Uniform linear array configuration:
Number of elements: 32
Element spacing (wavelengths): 0.25
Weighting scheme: blackman
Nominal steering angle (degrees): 60
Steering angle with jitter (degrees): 58.472
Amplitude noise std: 0.05
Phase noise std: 0.05

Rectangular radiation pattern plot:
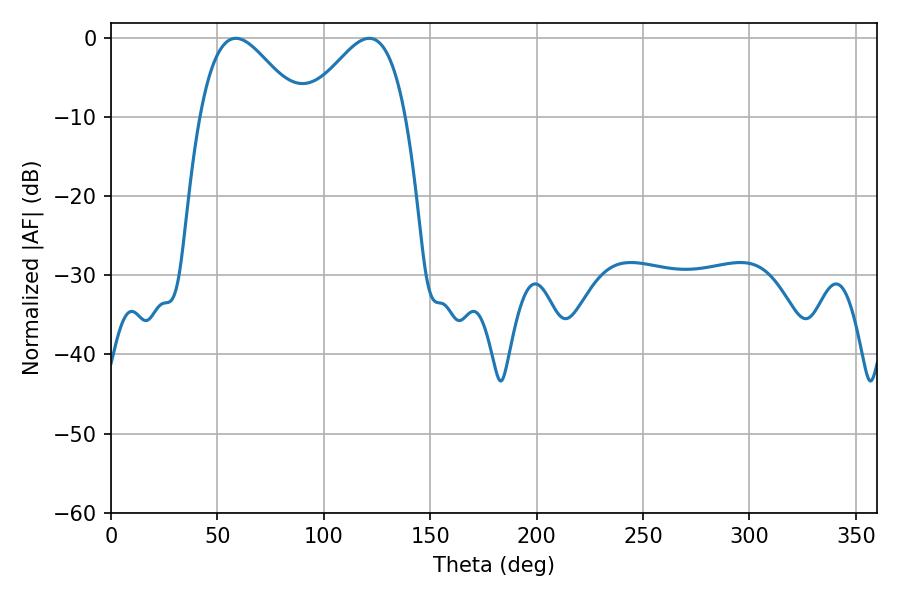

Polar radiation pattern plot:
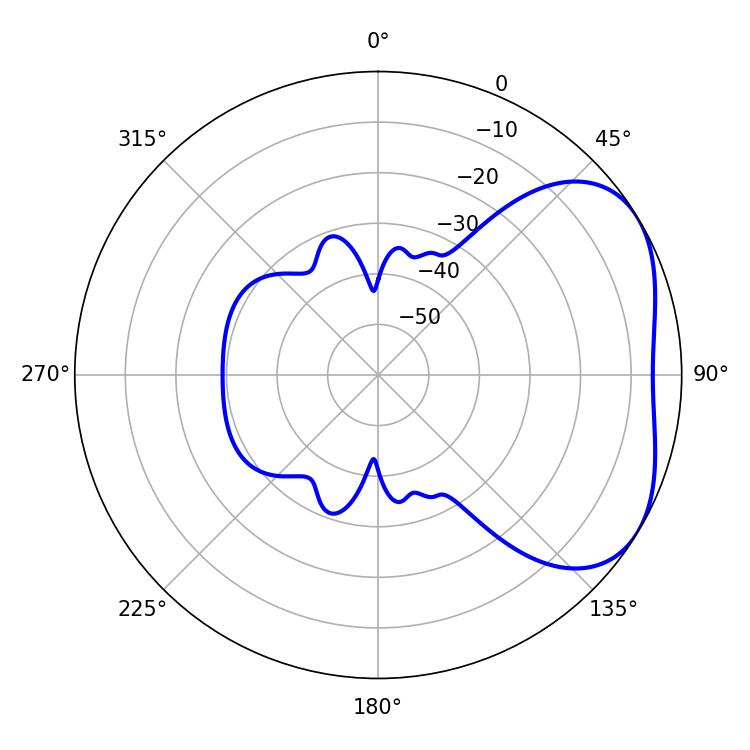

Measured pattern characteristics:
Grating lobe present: FALSE
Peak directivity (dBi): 3.703
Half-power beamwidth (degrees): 25.2
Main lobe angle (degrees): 58.68